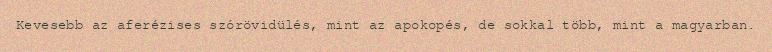
Kevesebb az aferézises szórövidülés, mint az apokopés, de sokkal több, mint a magyarban.